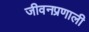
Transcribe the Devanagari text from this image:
जीवनप्रणाली